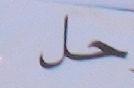
حل